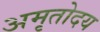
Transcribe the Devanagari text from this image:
अमृतोदय